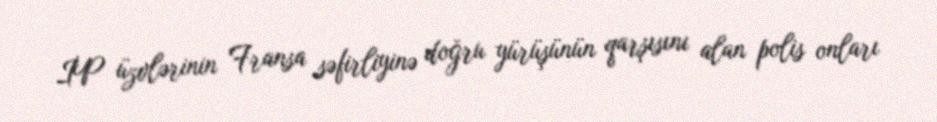
İP üzvlərinin Fransa səfirliyinə doğru yürüşünün qarşısını alan polis onları